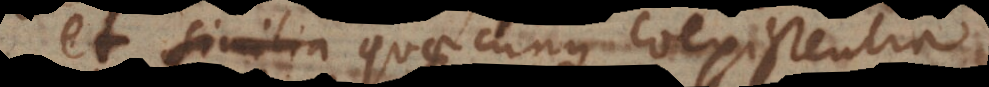
et similia quaecunque coexistentia